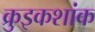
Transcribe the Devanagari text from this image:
क्रुइकशांक